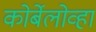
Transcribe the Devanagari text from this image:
कोर्बेलोव्हा